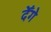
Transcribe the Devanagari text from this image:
देँगे